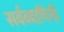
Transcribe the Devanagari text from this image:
सर्वव्यापिनी